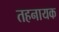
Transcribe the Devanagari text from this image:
तहनायक